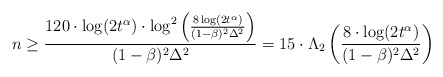
\begin{align*}n\geq\frac{120\cdot\log(2t^{\alpha})\cdot\log^{2}\left(\frac{8\log(2t^{\alpha})}{(1-\beta)^{2}\Delta^{2}}\right)}{(1-\beta)^{2}\Delta^{2}}=15\cdot\Lambda_{2}\left(\frac{8\cdot\log(2t^{\alpha})}{(1-\beta)^{2}\Delta^{2}}\right)\end{align*}